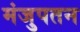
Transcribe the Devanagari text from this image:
मंजुपतन